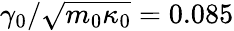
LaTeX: \gamma_{0}/\sqrt{m_{0}\kappa_{0}}=0.085